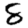
Digit: 8